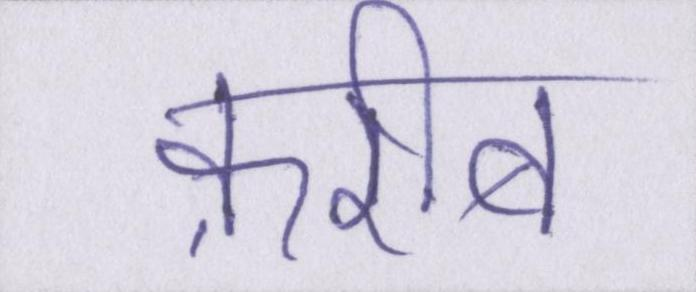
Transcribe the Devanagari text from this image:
क़रीब